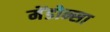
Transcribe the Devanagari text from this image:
मेंडोन्सा